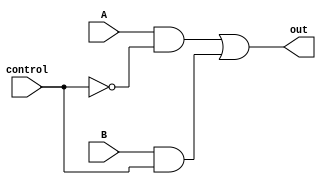
// output is A (when control == 0) or B (when control == 1)
module mux2(out, A, B, control);
    output out;
    input  A, B;
    input  control;
    wire   wA, wB, not_control;

    not n1(not_control, control);
    and a1(wA, A, not_control);
    and a2(wB, B, control);
    or  o1(out, wA, wB);
endmodule // mux2

// output is A (when control == 00) or B (when control == 01) or
//           C (when control == 10) or D (when control == 11)
module mux4(out, A, B, C, D, control);
    output      out;
    input       A, B, C, D;
    input [1:0] control;
    wire w1, w2;
    mux2 m1(w1, A, B, control[0]);
    mux2 m2(w2, C, D, control[0]);
    mux2 m3(out, w1, w2, control[1]);

endmodule // mux4